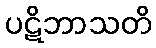
ပဋိဘာသတိ